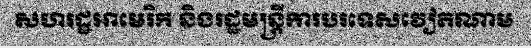
សហរដ្ឋអាមេរិក និងរដ្ឋមន្ត្រីការបរទេសវៀតណាម